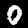
Label: 0